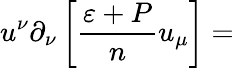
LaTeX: u^{\nu}\partial_{\nu}\left[\frac{\varepsilon+P}{n}u_{\mu}\right]=